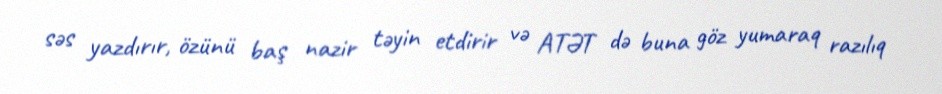
səs yazdırır, özünü baş nazir təyin etdirir və ATƏT də buna göz yumaraq razılıq